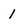
Character: 1